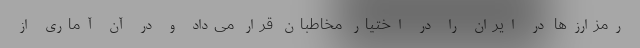
رمزارزها در ایران را در اختیار مخاطبان قرار می‌داد و در آن آماری از